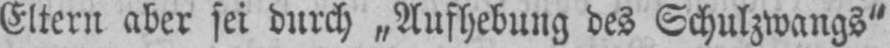
Eltern aber sei durch „Aufhebung des Schulzwangs“